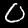
Digit: 0